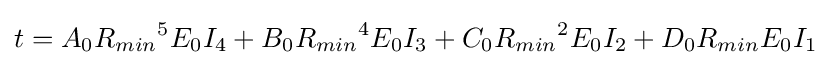
t=A_{0}{R_{min}}^{5}E_{0}I_{4}+B_{0}{R_{min}}^{4}E_{0}I_{3}+C_{0}{R_{min}}^{2}E_{0}I_{2}+D_{0}{R_{min}}E_{0}I_{1}